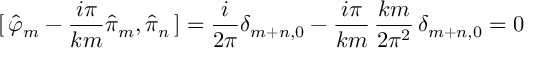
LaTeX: [ \, \hat { \varphi } _ { m } - \frac { i \pi } { k m } \hat { \pi } _ { m } , \hat { \pi } _ { n } \, ] = \frac { i } { 2 \pi } \delta _ { m + n , 0 } - \frac { i \pi } { k m } \, \frac { k m } { 2 \pi ^ { 2 } } \, \delta _ { m + n , 0 } = 0